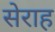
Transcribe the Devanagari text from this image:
सेराह